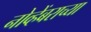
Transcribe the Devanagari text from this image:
नोव्हेंबराच्या